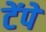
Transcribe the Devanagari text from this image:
टेंपे